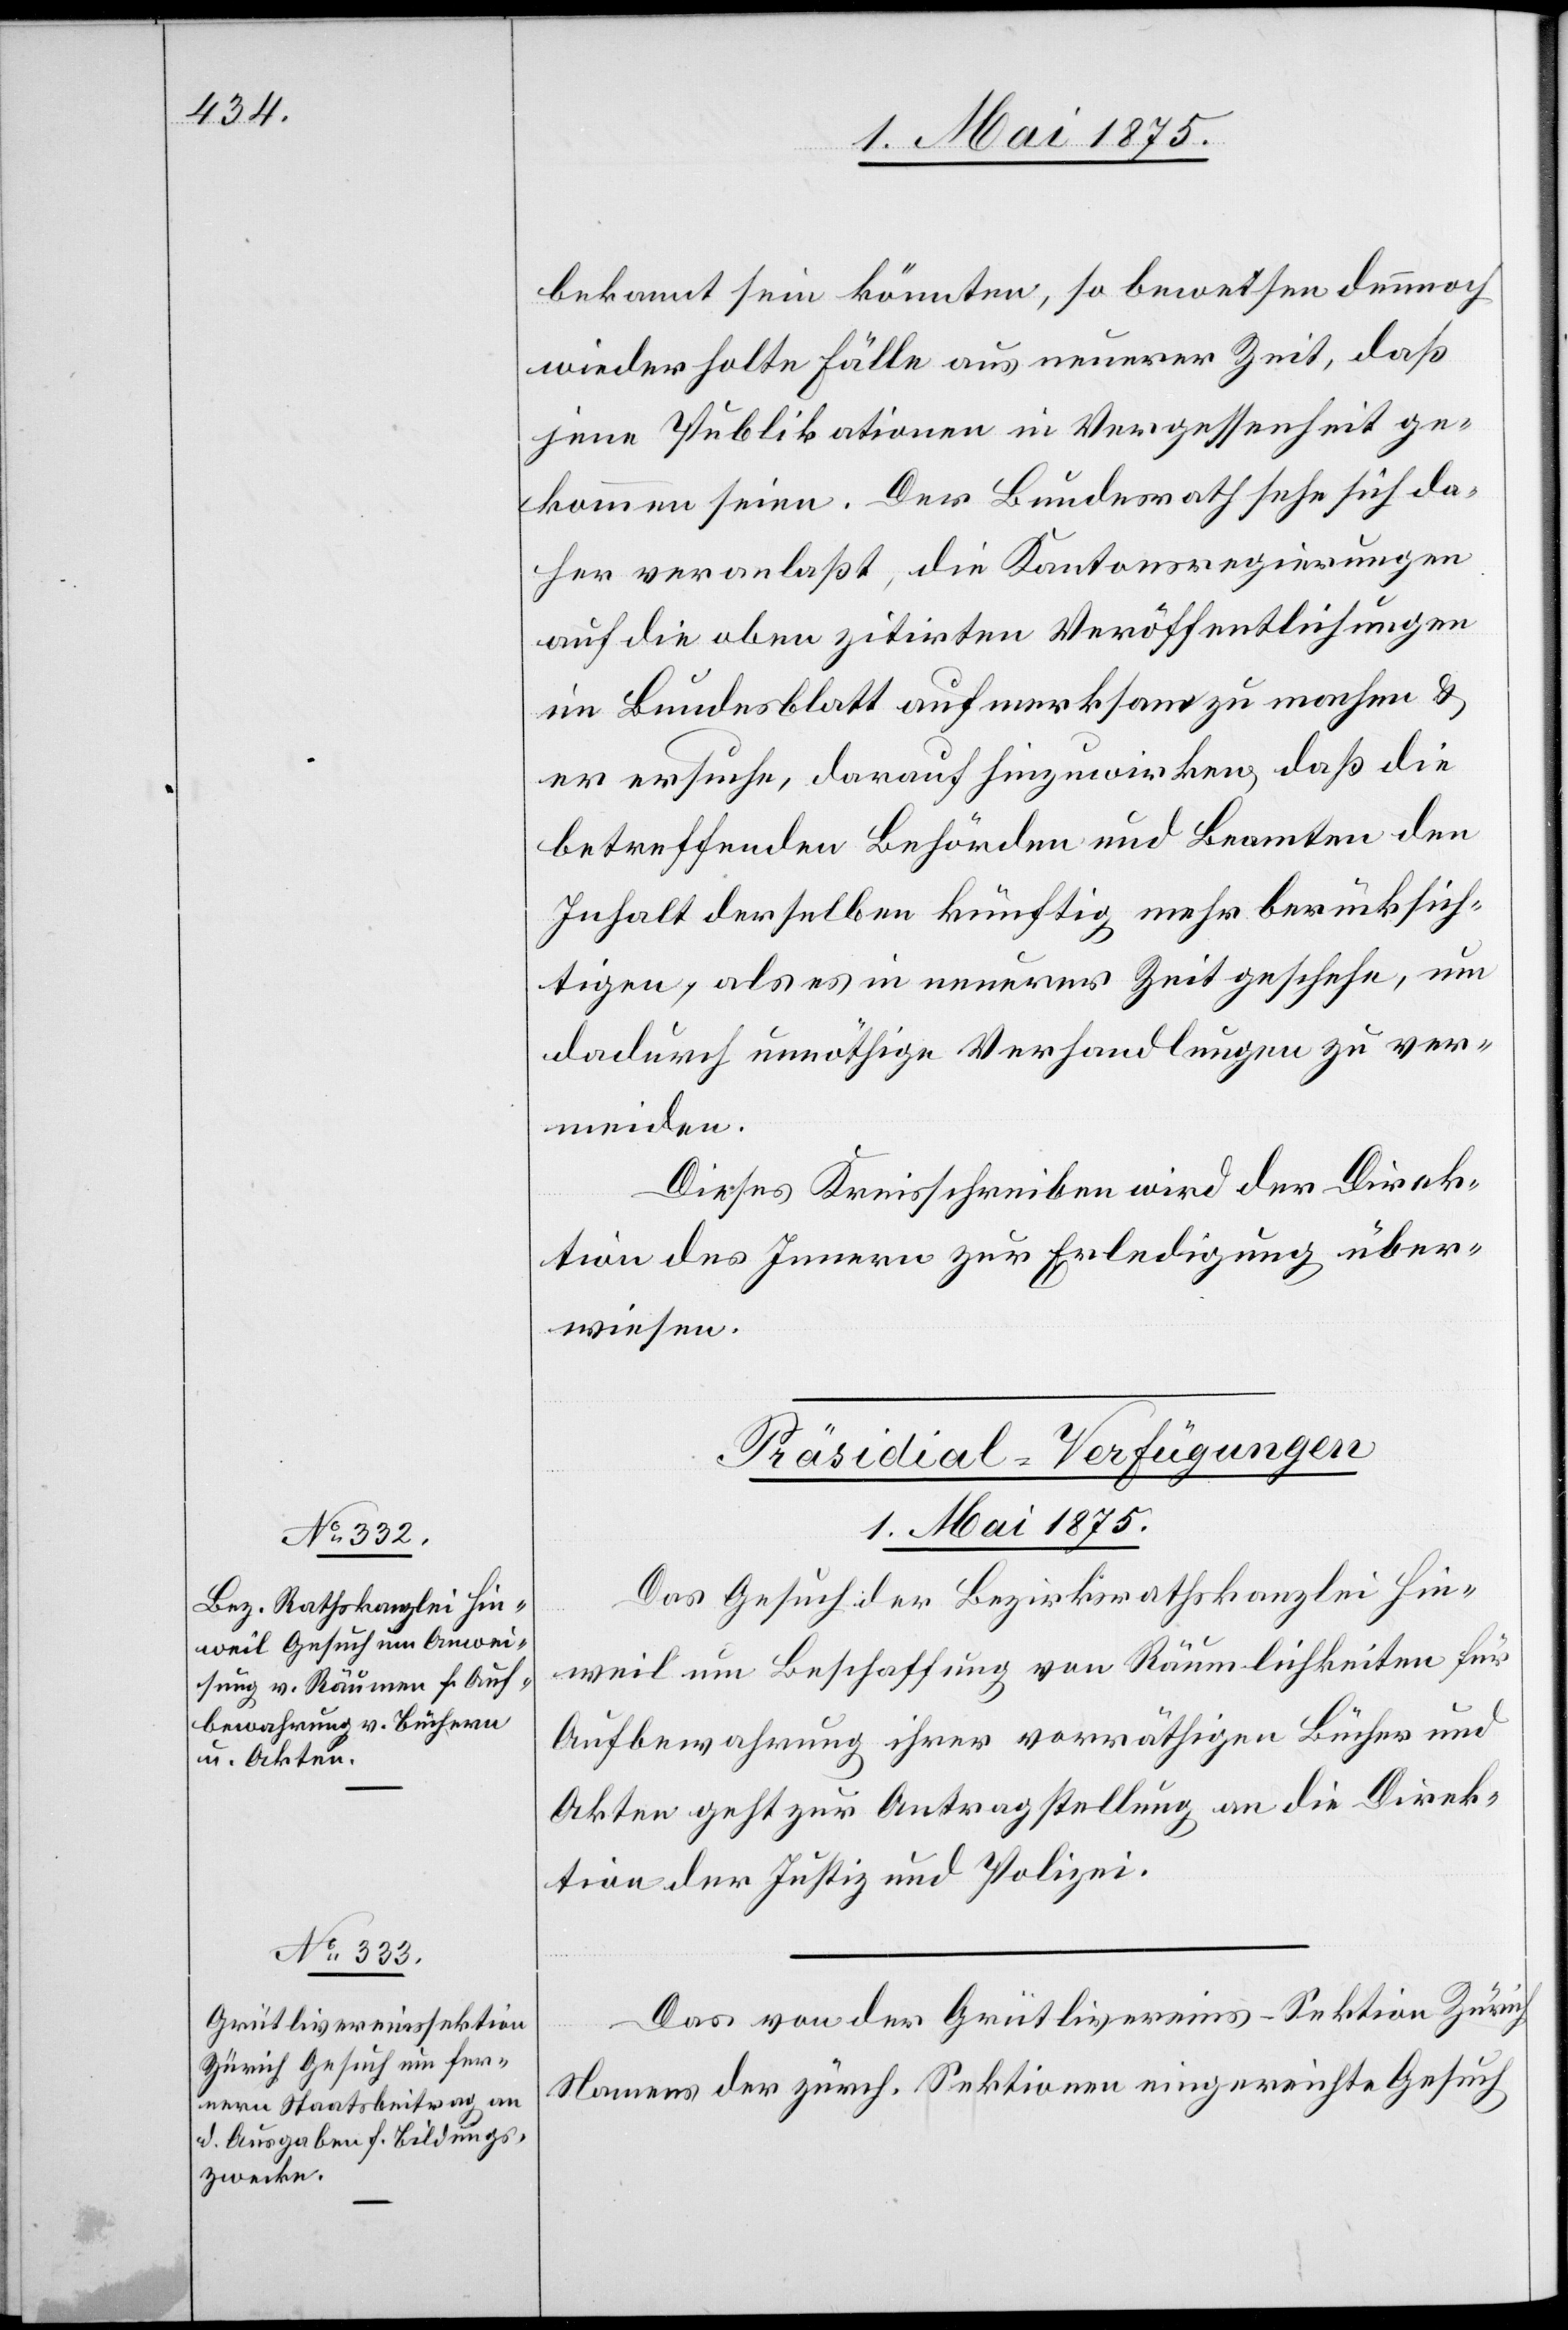
[Präsidial-Verfügungen
1. Mai 1875.]
Das Gesuch der Bezirksrathskanzlei Hin¬
weil um Beschaffung von Räumlichkeiten für
Aufbewahrung ihrer vorräthigen Bücher und
Akten geht zur Antragstellung an die Direk¬
tion der Justiz und Polizei.
Das von der Grütlivereins-Sektion Zürich
Namens der zürch. Sektionen eingereichte Gesuch